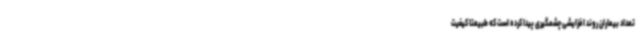
تعداد بیماران روند افزایشی چشمگیری پیدا کرده است که طبیعتا کیفیت